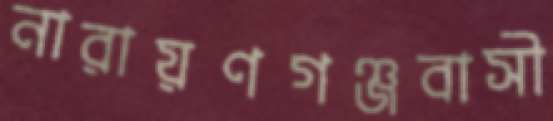
নারায়ণগঞ্জবাসী